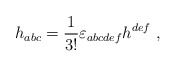
\begin{align*}h_{abc}={1\over3!}\varepsilon_{abcdef}h^{def}\ ,\end{align*}